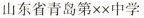
山东省青岛第×x中学